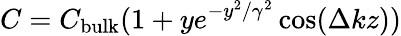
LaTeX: C=C_{\mathrm{bulk}}(1+ye^{-y^{2}/\gamma^{2}}\cos(\Delta kz))